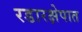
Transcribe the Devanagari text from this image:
रडारक्षेपात